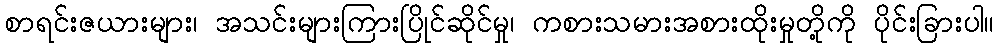
စာရင်းဇယားများ၊ အသင်းများကြားပြိုင်ဆိုင်မှု၊ ကစားသမားအစားထိုးမှုတို့ကို ပိုင်းခြားပါ။